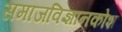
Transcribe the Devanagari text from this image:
समाजविज्ञानकोश